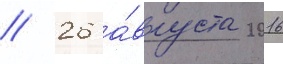
// 26 а́вгуста 2016